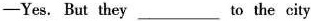
-Yes. But they___to the city